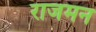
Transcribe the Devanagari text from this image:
राजमन